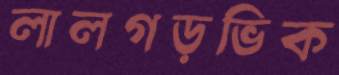
লালগড়ভিক